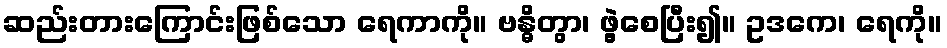
ဆည်းတားကြောင်းဖြစ်သော ရေကာကို။ ဗန္ဓိတွာ၊ ဖွဲ့စေပြီး၍။ ဥဒကေ၊ ရေကို။